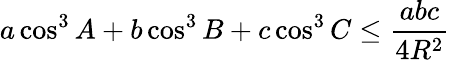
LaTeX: a\cos^{3}A+b\cos^{3}B+c\cos^{3}C\leq{\frac{abc}{4R^{2}}}